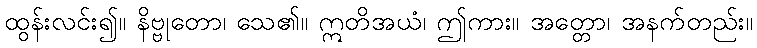
ထွန်းလင်း၍။ နိဗ္ဗုတော၊ သေ၏။ ဣတိအယံ၊ ဤကား။ အတ္တော၊ အနက်တည်း။